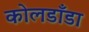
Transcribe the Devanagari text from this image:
कोलडाँडा